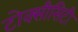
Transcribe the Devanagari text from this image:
टोक्सीसिटी